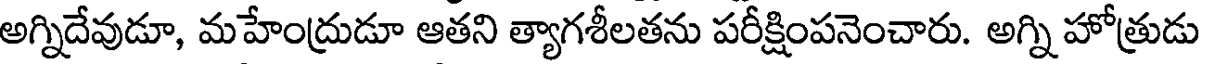
అగ్నిదేవుడూ, మహేంద్రుడూ ఆతని త్యాగశీలతను పరీక్షింపనెంచారు. అగ్ని హోత్రుడు